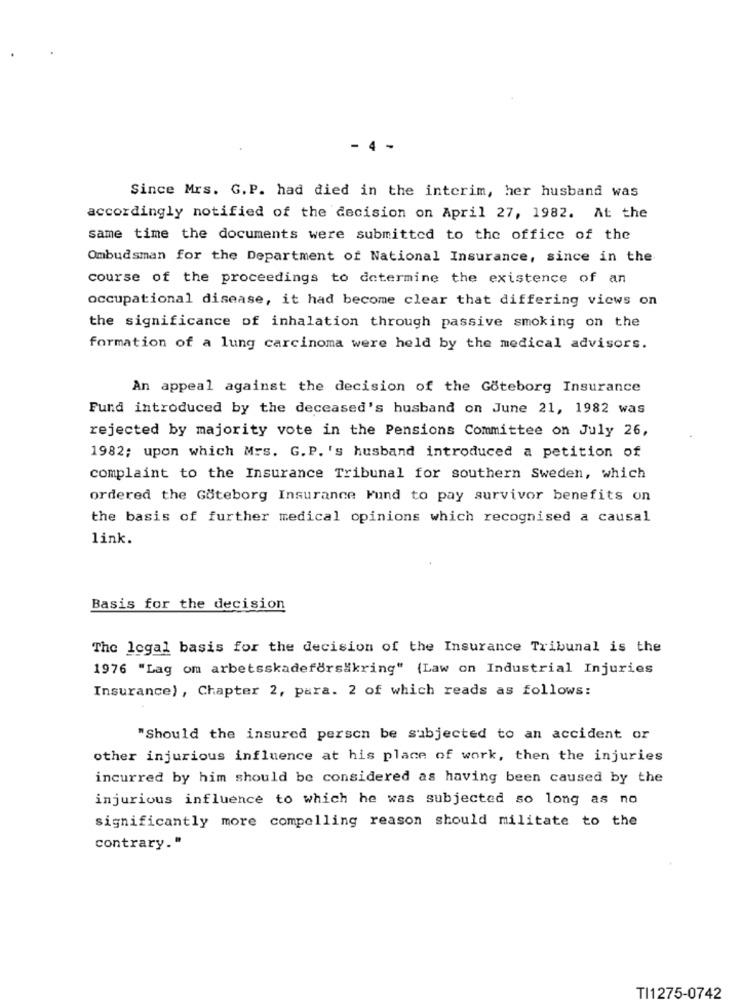
4
Since Mrs. G.P. had died in the interim, her husband was
accordingly notified of the decision on April 27, 1982. At the
same time the documents were submitted to the office of the
Ombudsman for the Department of National Insurance, since in the
course of the proceedings to determine the existence of an
occupational disease, it had become clear that differing views on
the significance of inhalation through passive smoking on the
formation of a lung carcinoma were held by the medical advisors.
An appeal against the decision of the Göteborg Insurance
Fund introduced by the deceased's husband on June 21, 1982 was
rejected by majority vote in the Pensions Committee on July 26,
1982; upon which Mrs. G. P. 's husband introduced a petition of
complaint to the Insurance Tribunal for southern Sweden, which
ordered the Göteborg Insurance Fund to pay survivor benefits on
the basis of further medical opinions which recognised a causal
link.
Basis for the decision
The legal basis for the decision of the Insurance Tribunal is the
1976 "Lag om arbetsskadeförsäkring" (Law on Industrial Injuries
Insurance), Chapter 2, para. 2 of which reads as follows:
"Should the insured person be subjected to an accident or
other injurious influence at his place of work, then the injuries
incurred by him should be considered as having been caused by the
injurious influence to which he was subjected so long as no
significantly more compelling reason should militate to the
contrary."
TI1275-0742